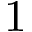
1